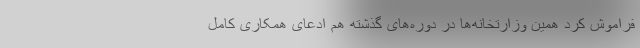
فراموش کرد همین وزارتخانه‌ها در دوره‌های گذشته هم ادعای همکاری کامل